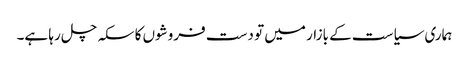
ہماری سیاست کے بازار میں تو دست فروشوں کا سکہ چل رہا ہے۔